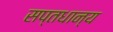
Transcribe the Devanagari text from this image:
सप्तधान्य